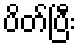
ပိတ်ပြီး